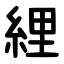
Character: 䋥